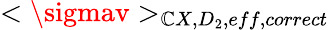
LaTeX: <\sigmav>_{\mathbb{C}X,D_{2},eff,correct}